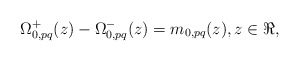
\begin{align*}\Omega^{+}_{0,pq}(z)-\Omega^{-}_{0,pq}(z)=m_{0,pq}(z), z\in \Re,\end{align*}